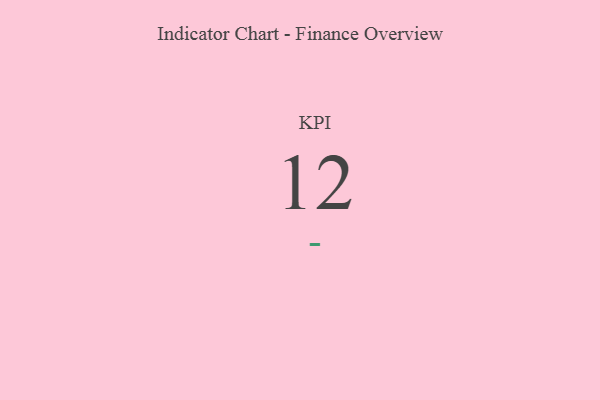
{"axis": {"x": "KPI", "y": "Value"}, "legend": [""], "data": [{"x": "KPI", "y": 12, "type": ""}]}